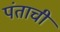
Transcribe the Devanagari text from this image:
पंताची